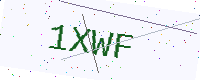
Text: 1XWF